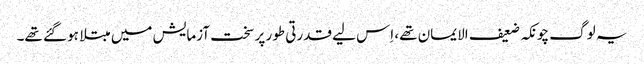
یہ لوگ چونکہ ضعیف الایمان تھے، اِس لیے قدرتی طور پر سخت آزمایش میں مبتلا ہو گئے تھے۔